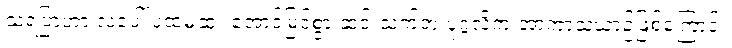
သရဲပြာဟာ လပေါ် ပထမဆုံး အောင်မြင်စွာ ဆင်းသက်တဲ့ ပုဂ္ဂလိက အာကာသယာဉ်ဖြစ်ကြောင်း